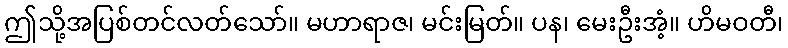
ဤသို့အပြစ်တင်လတ်သော်။ မဟာရာဇ၊ မင်းမြတ်။ ပန၊ မေးဦးအံ့။ ဟိမဝတီ၊